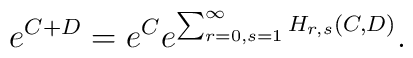
e^{C+D}= e^C e^{\sum_{r=0,s=1}^\infty H_{r,s}(C,D)}.